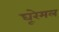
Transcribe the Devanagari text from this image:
घूरेमल